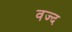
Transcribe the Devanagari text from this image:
वज्द